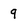
Character: q